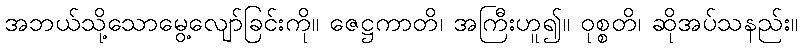
အဘယ်သို့သောမွေ့လျော်ခြင်းကို။ ဇေဋ္ဌကာတိ၊ အကြီးဟူ၍။ ဝုစ္စတိ၊ ဆိုအပ်သနည်း။